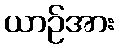
ယာဉ်အား